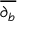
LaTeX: \overline { { \partial _ { b } } }